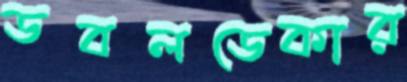
ডবলডেকার